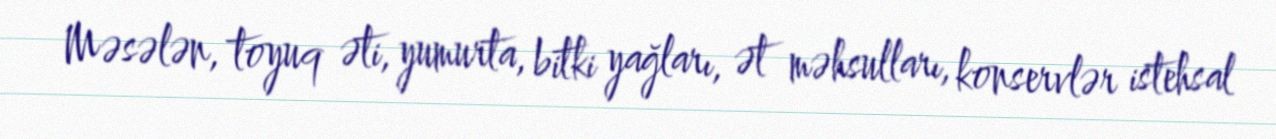
Məsələn, toyuq əti, yumurta, bitki yağları, ət məhsulları, konservlər istehsal